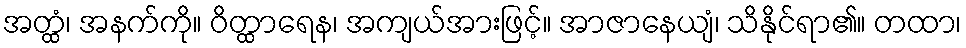
အတ္ထံ၊ အနက်ကို။ ဝိတ္ထာရေန၊ အကျယ်အားဖြင့်။ အာဇာနေယျံ၊ သိနိုင်ရာ၏။ တထာ၊